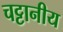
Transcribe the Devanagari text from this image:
चट्टानीय